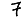
Digit: 7